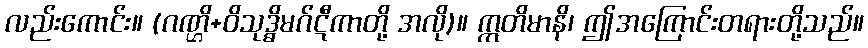
လည်းကောင်း။ (ဂဏ္ဌိ+ဝိသုဒ္ဓိမဂ်ဋီကာတို့ အလို)။ ဣတိမာနိ၊ ဤအကြောင်းတရားတို့သည်။